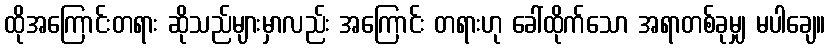
ထိုအကြောင်းတရား ဆိုသည်များမှာလည်း အကြောင်း တရားဟု ခေါ်ထိုက်သော အရာတစ်ခုမျှ မပါချေ။